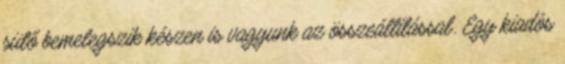
sütő bemelegszik készen is vagyunk az összeállítással. Egy kiadós